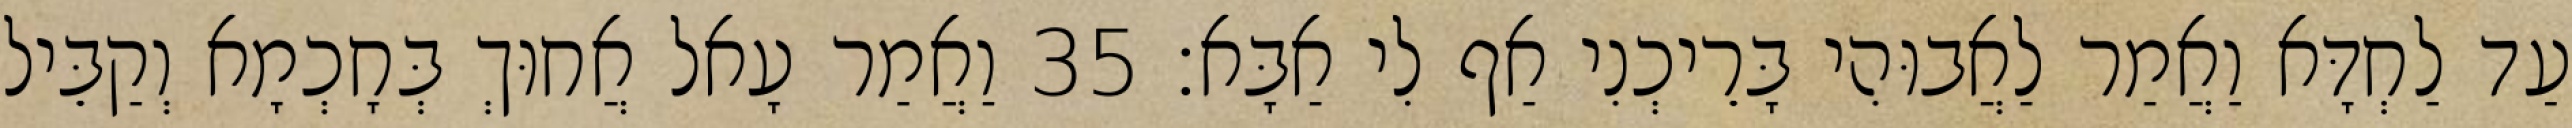
עַד לַחְדָּא וַאֲמַר לַאֲבוּהִי בָּרֵיכְנִי אַף לִי אַבָּא׃ 35 וַאֲמַר עָאל אֲחוּךְ בְּחָכְמָא וְקַבֵּיל